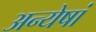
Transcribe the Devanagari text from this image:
अन्येषां